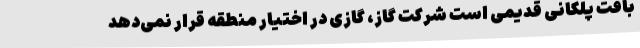
بافت پلکانی قدیمی است شرکت گاز، گازی در اختیار منطقه قرار نمی‌دهد